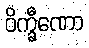
ဝိက္ခီဏော